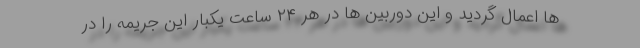
ها اعمال گردید و این دوربین ها در هر ۲۴ ساعت یکبار این جریمه را در